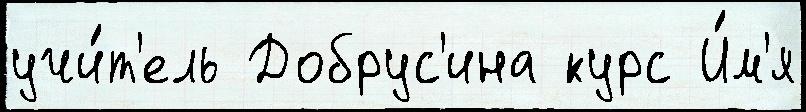
учи́т'ель Добрус'ина курс И́м'я